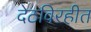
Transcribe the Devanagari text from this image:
देठविरहीत